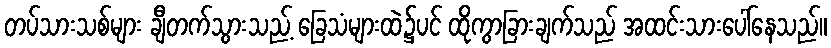
တပ်သားသစ်များ ချီတက်သွားသည့် ခြေသံများထဲ၌ပင် ထိုကွာခြားချက်သည် အထင်းသားပေါ်နေသည်။